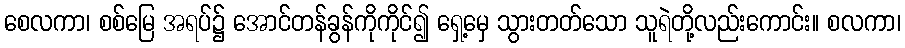
စေလကာ၊ စစ်မြေ အရပ်၌ အောင်တန်ခွန်ကိုကိုင်၍ ရှေ့မှေ သွားတတ်သော သူရဲတို့လည်းကောင်း။ စလကာ၊